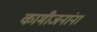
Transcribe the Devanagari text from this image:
कामीजनांना